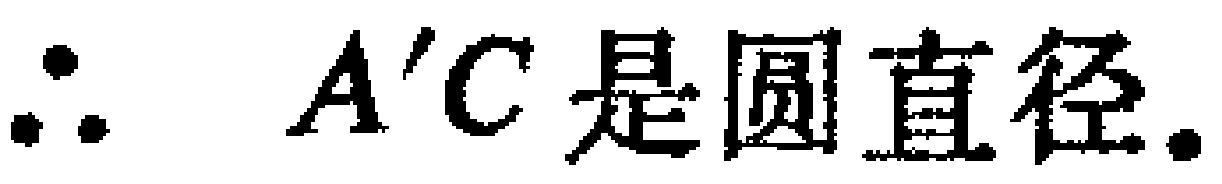
\(\therefore A'C\text{是圆直径.}\)